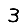
Digit: 3